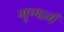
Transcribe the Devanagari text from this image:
गुण्धर्म